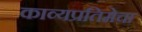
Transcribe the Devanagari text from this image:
काव्यप्रतिमेचा